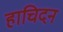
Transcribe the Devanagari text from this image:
हाचिदन